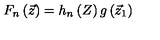
F _ { n } \left( { \vec { z } } \right) = h _ { n } \left( Z \right) g \left( { \vec { z } } _ { 1 } \right)